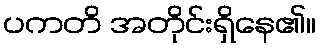
ပကတိ အတိုင်းရှိနေ၏။